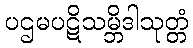
ပဌမပဋိသမ္ဘိဒါသုတ္တံ